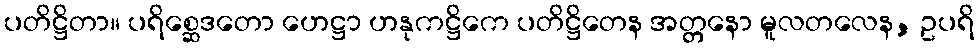
ပတိဋ္ဌိတာ။ ပရိစ္ဆေဒတော ဟေဋ္ဌာ ဟနုကဋ္ဌိကေ ပတိဋ္ဌိတေန အတ္တနော မူလတလေန, ဥပရိ